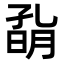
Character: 𡦀